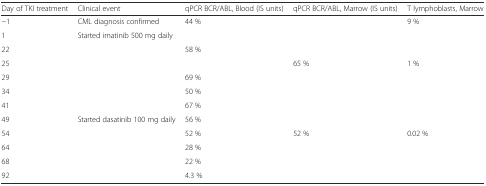
<table><thead><tr><td><b>Day of TKI treatment</b></td><td><b>Clinical event</b></td><td><b>qPCR BCR/ABL, Blood (IS units)</b></td><td><b>qPCR BCR/ABL, Marrow (IS units)</b></td><td><b>T lymphoblasts, Marrow</b></td></tr></thead><tbody><tr><td>−1</td><td>CML diagnosis confirmed</td><td>44 %</td><td></td><td>9 %</td></tr><tr><td>1</td><td>Started imatinib 500 mg daily</td><td></td><td></td><td></td></tr><tr><td>22</td><td></td><td>58 %</td><td></td><td></td></tr><tr><td>25</td><td></td><td></td><td>65 %</td><td>1 %</td></tr><tr><td>29</td><td></td><td>69 %</td><td></td><td></td></tr><tr><td>34</td><td></td><td>50 %</td><td></td><td></td></tr><tr><td>41</td><td></td><td>67 %</td><td></td><td></td></tr><tr><td>49</td><td>Started dasatinib 100 mg daily</td><td>56 %</td><td></td><td></td></tr><tr><td>54</td><td></td><td>52 %</td><td>52 %</td><td>0.02 %</td></tr><tr><td>64</td><td></td><td>28 %</td><td></td><td></td></tr><tr><td>68</td><td></td><td>22 %</td><td></td><td></td></tr><tr><td>92</td><td></td><td>4.3 %</td><td></td><td></td></tr></tbody></table>